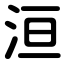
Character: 洹